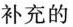
补充的